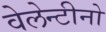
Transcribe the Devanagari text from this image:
वेलेन्टीनो